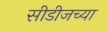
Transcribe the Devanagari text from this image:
सीडीजच्या